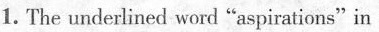
1. The underlined word "aspirations" in